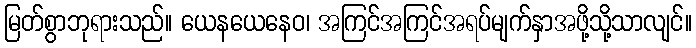
မြတ်စွာဘုရားသည်။ ယေနယေနေဝ၊ အကြင်အကြင်အရပ်မျက်နှာအဖို့သို့သာလျင်။